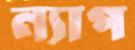
ন্যাপ